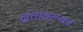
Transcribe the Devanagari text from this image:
ग्रंथांवरूनच